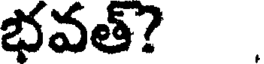
భవత్?